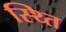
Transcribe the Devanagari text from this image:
स्थ्‍ति